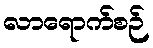
လာရောက်စဉ်